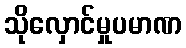
သိုလှောင်မှုပမာဏ